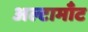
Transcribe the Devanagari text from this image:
अल्टामाँट